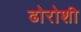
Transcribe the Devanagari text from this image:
ढोरोशी